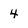
Character: 4